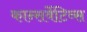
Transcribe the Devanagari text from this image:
कान्सर्वेटिव्स